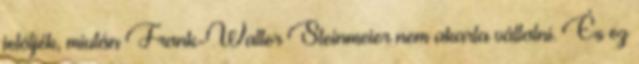
jelöljék, miután Frank-Walter Steinmeier nem akarta vállalni. És ez